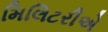
મિલિટરીએ